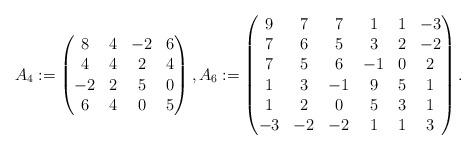
LaTeX: \begin{align*}A_4 := \begin{pmatrix}8 & 4 & -2 & 6 \\4 & 4 & 2 & 4 \\-2 & 2 & 5 & 0 \\6 & 4 & 0 & 5\end{pmatrix}, A_6 := \begin{pmatrix}9 & 7 & 7 & 1 & 1 & -3 \\7 & 6 & 5 & 3 & 2 & -2 \\7 & 5 & 6 & -1 & 0 & 2 \\1 & 3 & -1 & 9 & 5 & 1 \\1 & 2 & 0 & 5 & 3 & 1 \\-3 & -2 & -2 & 1 & 1 & 3\end{pmatrix}.\end{align*}